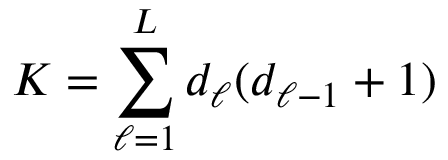
K = \displaystyle \sum _ { \ell = 1 } ^ { L } d _ { \ell } ( d _ { \ell - 1 } + 1 )